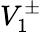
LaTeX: V_{1}^{\pm}